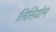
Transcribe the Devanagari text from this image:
लिसियोन